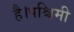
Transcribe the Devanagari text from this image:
है।पश्चिमी